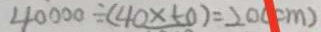
4 0 0 0 0 \div ( 4 0 \times 5 0 ) = 2 0 ( c m )